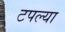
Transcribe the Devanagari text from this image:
टपल्या